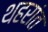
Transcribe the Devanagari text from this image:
थहरांत